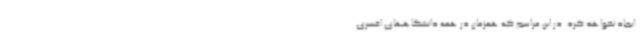
ایجاد نخواهد کرد. در این مراسم که همزمان در همه دانشگاههای افسری